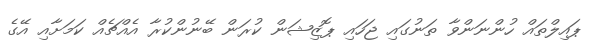
ޕައިލްތައް ހުންނަންވާ ތަނުގައި ޖަހައި ޕޮޒިޝަން ކުރަން ބޭނުންކުރާ އެއްޗެއް ކަމަށާއި އޭގެ